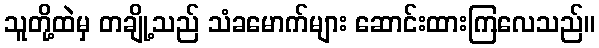
သူတို့ထဲမှ တချို့သည် သံခမောက်များ ဆောင်းထားကြလေသည်။